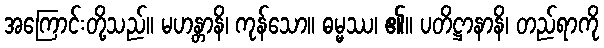
အကြောင်းတို့သည်။ မဟန္တာနိ၊ ကုန်သော။ ဓမ္မဿ၊ ၏။ ပတိဋ္ဌာနာနိ၊ တည်ရာကို